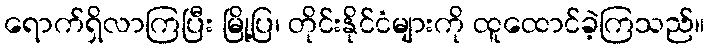
ရောက်ရှိလာကြပြီး မြို့ပြ၊ တိုင်းနိုင်ငံများကို ထူထောင်ခဲ့ကြသည်။